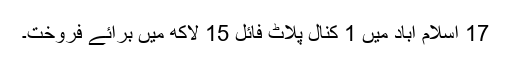
17 اسلام آباد میں 1 کنال پلاٹ فائل 15 لاکھ میں برائے فروخت۔